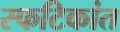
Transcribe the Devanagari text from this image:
स्फटिकांत